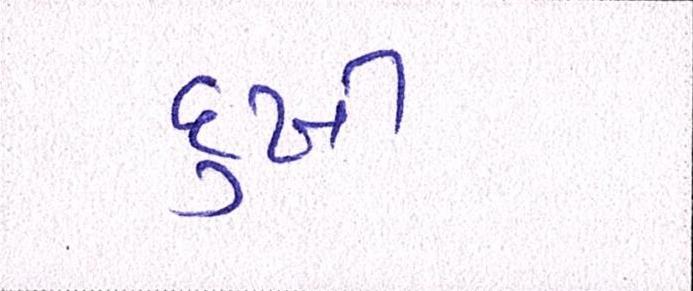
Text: દુખી